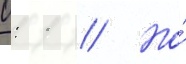
0: 1 // Но́